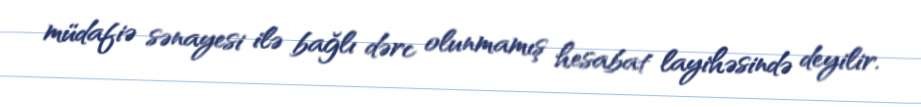
müdafiə sənayesi ilə bağlı dərc olunmamış hesabat layihəsində deyilir.